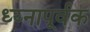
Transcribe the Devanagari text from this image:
ध्य्नापूर्वक